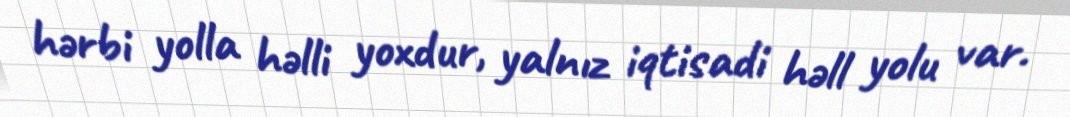
hərbi yolla həlli yoxdur, yalnız iqtisadi həll yolu var.